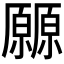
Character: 𰆬